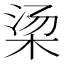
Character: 𬂱